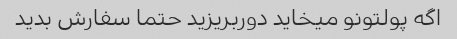
اگه پولتونو میخاید دور‌بریزید حتما سفارش بدید